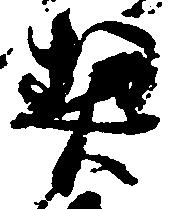
契